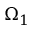
\Omega _ { 1 }